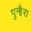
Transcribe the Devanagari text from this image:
पुन्हैरा